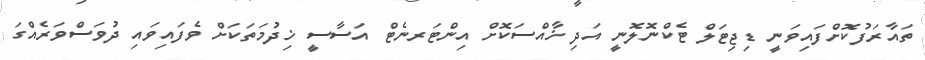
ތައާރަފުކޮށްފައިވަނީ ޑިޖިޓަލް ޓެކްނޮލޮނީ އަދި ޚާއްސަކޮށް އިންޓަރނެޓް އަސާސީ ޚިދުމަތަކަށް ވެފައިވައި ދުވަސްވަރެއްގަ